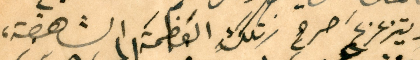
ويتزعزعَ صرح تلك العَظمةَ الشاهقة،